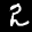
Label: 2